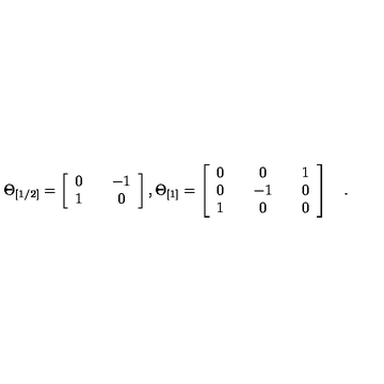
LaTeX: \Theta _ { [ 1 / 2 ] } = \left[ \begin{array} { c c c } { 0 } & { { } } & { - 1 } \\ { 1 } & { { } } & { 0 } \\ \end{array} \right] , \Theta _ { [ 1 ] } = \left[ \begin{array} { c c c c c } { 0 } & { { } } & { 0 } & { { } } & { 1 } \\ { 0 } & { { } } & { - 1 } & { { } } & { 0 } \\ { 1 } & { { } } & { 0 } & { { } } & { 0 } \\ \end{array} \right] \quad .